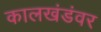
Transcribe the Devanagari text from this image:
कालखंडंवर